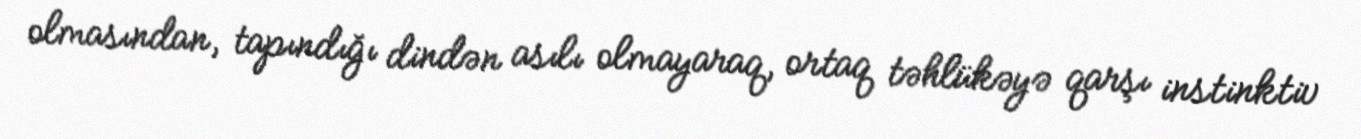
olmasından, tapındığı dindən asılı olmayaraq, ortaq təhlükəyə qarşı instinktiv